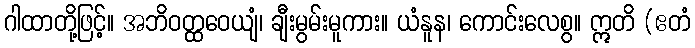
ဂါထာတို့ဖြင့်။ အဘိဝတ္ထဝေယျံ၊ ချီးမွမ်းမူကား။ ယံနူန၊ ကောင်းလေစွ။ ဣတိ (ဧတံ